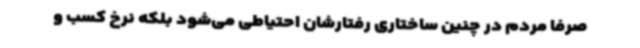
صرفا مردم در چنین ساختاری رفتارشان احتیاطی می‌شود بلکه نرخ کسب و